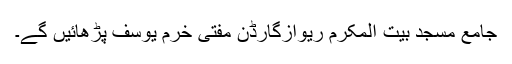
جامع مسجد بیت المکرم ریوازگارڈن مفتی خرم یوسف پڑھائیں گے۔